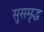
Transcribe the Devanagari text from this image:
सुसमृद्ध